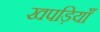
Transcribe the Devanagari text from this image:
खपड़ियाँ